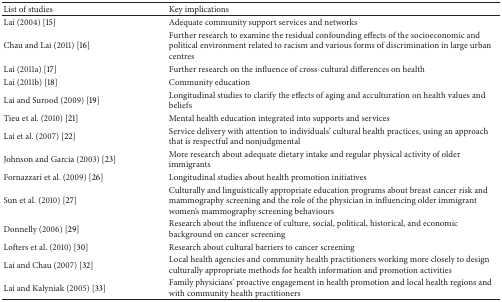
| List of studies | Key implications |
 | --- | --- |
 | Lai (2004) [15] | Adequate community support services and networks |
 | Chau and Lai (2011) [16] | Further research to examine the residual confounding effects of the socioeconomic and political environment related to racism and various forms of discrimination in large urban centres |
 | Lai (2011a) [17] | Further research on the influence of cross-cultural differences on health |
 | Lai (2011b) [18] | Community education |
 | Lai and Surood (2009) [19] | Longitudinal studies to clarify the effects of aging and acculturation on health values and beliefs |
 | Tieu et al. (2010) [21] | Mental health education integrated into supports and services |
 | Lai et al. (2007) [22] | Service delivery with attention to individuals' cultural health practices, using an approach that is respectful and nonjudgmental |
 | Johnson and Garcia (2003) [23] | More research about adequate dietary intake and regular physical activity of older immigrants |
 | Fornazzari et al. (2009) [26] | Longitudinal studies about health promotion initiatives |
 | Sun et al. (2010) [27] | Culturally and linguistically appropriate education programs about breast cancer risk and mammography screening and the role of the physician in influencing older immigrant women's mammography screening behaviours |
 | Donnelly (2006) [29] | Research about the influence of culture, social, political, historical, and economic background on cancer screening |
 | Lofters et al. (2010) [30] | Research about cultural barriers to cancer screening |
 | Lai and Chau (2007) [32] | Local health agencies and community health practitioners working more closely to design culturally appropriate methods for health information and promotion activities |
 | Lai and Kalyniak (2005) [33] | Family physicians' proactive engagement in health promotion and local health regions and with community health practitioners |